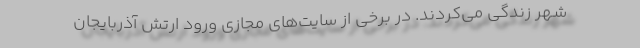
شهر زندگی می‌کردند. در برخی از سایت‌های مجازی ورود ارتش آذربایجان